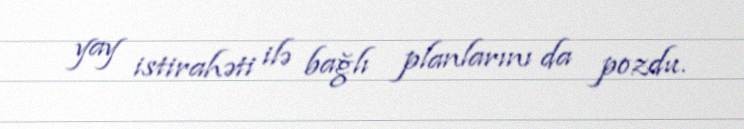
yay istirahəti ilə bağlı planlarını da pozdu.